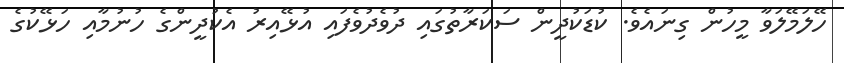
ހޭލަމޭލަވާ މީހުން ގިނައެވެ. ކުޑަކުދީން ސަކަރާތުގައި ދުވެދުވެފައި އުޅޭއިރު އެކުދީންގެ ހުނުމާއި ހަޅޭކުގެ